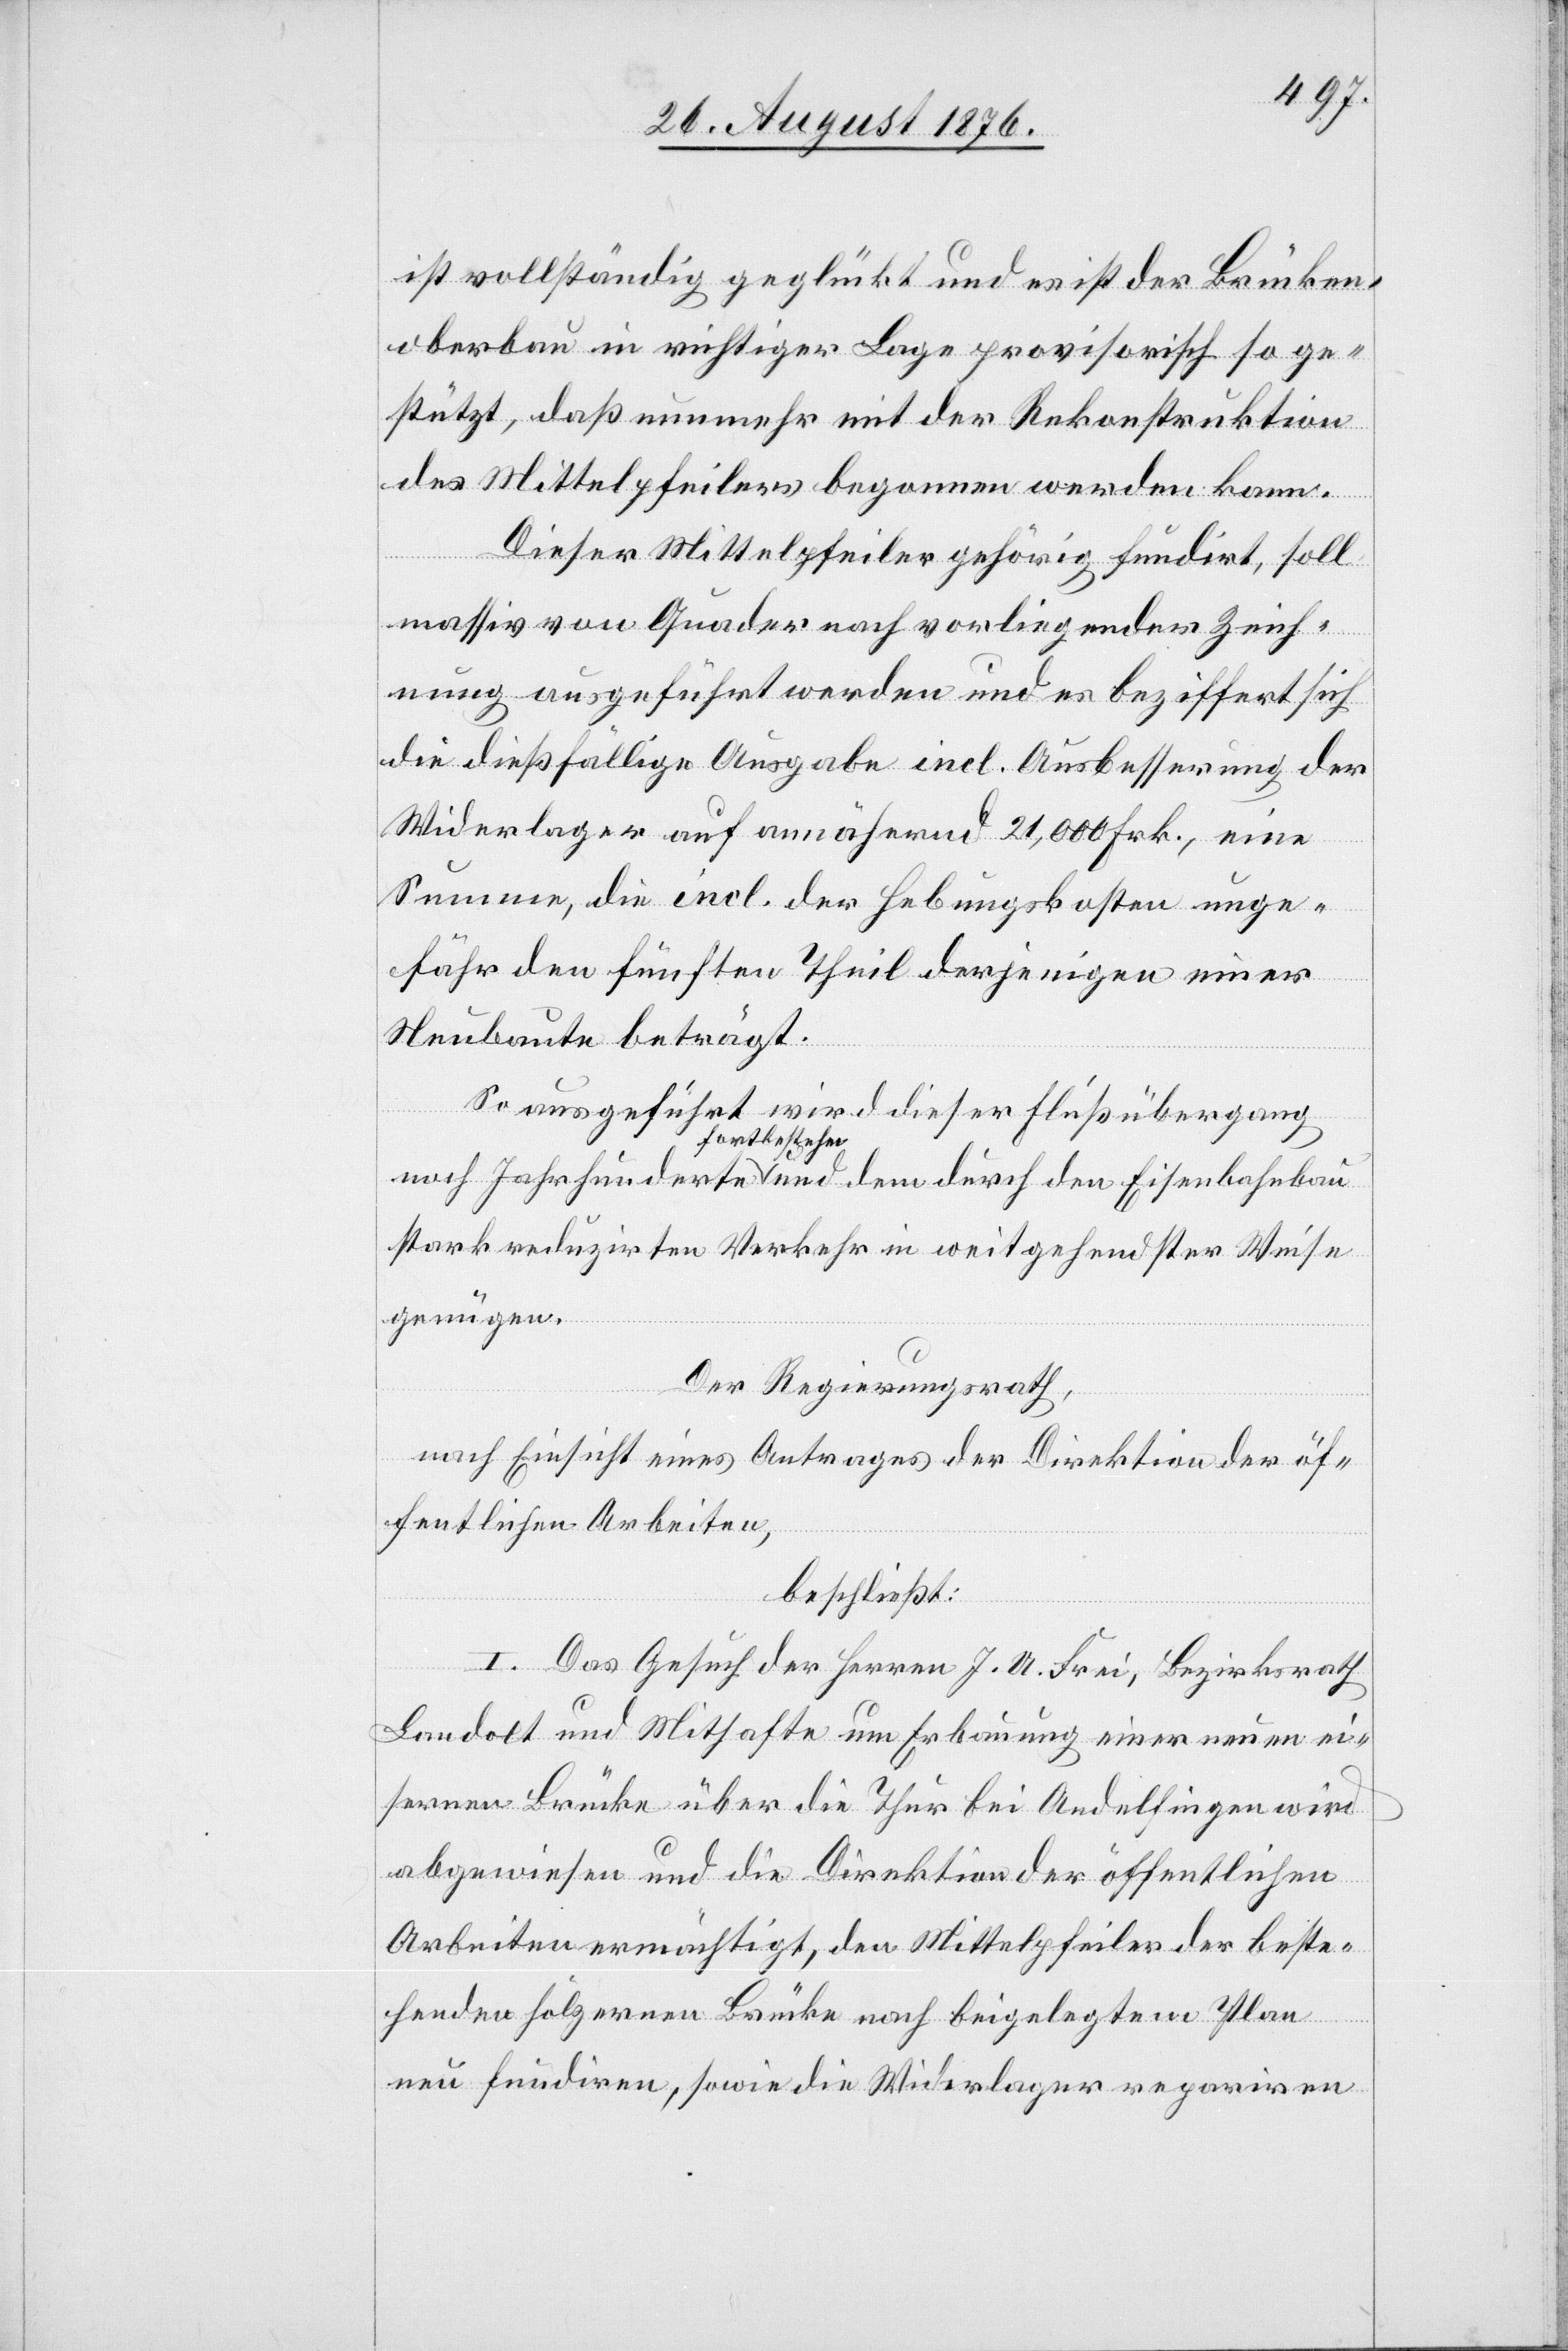
ist vollständig geglückt und es ist der Brücken¬
oberbau in richtiger Lage provisorisch so ge¬
stützt, daß nunmehr mit der Rekonstruktion
des Mittelpfeilers begonnen werden kann.
Dieser Mittelpfeiler gehörig fundirt, soll
massiv von Quader nach vorliegender Zeich¬
nung ausgeführt werden und es beziffert sich
die dießfällige Ausgabe incl. Ausbesserung der
Widerlager auf annähernd 21,000 Frk., eine
Summe, die incl. der Hebungskosten unge¬
fähr den fünften Theil derjenigen einer
Neubaute beträgt.
So ausgeführt wird dieser Flußübergang
a-fortbestehen-a
stark reduzirten Verkehr in weitgehendster Weise
genügen.
Der Regierungsrath,
nach Einsicht eines Antrages der Direktion der öf¬
fentlichen Arbeiten,
beschließt:
I. Das Gesuch der Herren J. U. Frei, Bezirksrath
Landolt und Mithafte um Erbauung einer neuen ei¬
sernen Brücke über die Thur bei Andelfingen wird
abgewiesen und die Direktion der öffentlichen
Arbeiten ermächtigt, den Mittelpfeiler der beste¬
henden hölzernen Brücke nach beigelegtem Plan
neu fundiren, sowie die Widerlager repariren